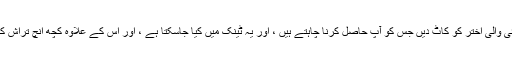
ایک ڈبل لمبائی والی اختر کو کاٹ دیں جس کو آپ حاصل کرنا چاہتے ہیں ، اور یہ ٹینک میں کیا جاسکتا ہے ، اور اس کے علاوہ کچھ انچ تراش کر سکتے ہیں۔